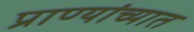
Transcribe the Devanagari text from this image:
प्राण्यांच्यात